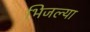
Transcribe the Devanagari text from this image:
भिजल्या